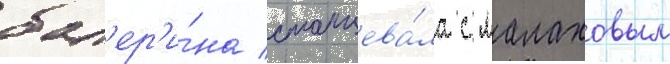
бал'ер'и́на станцева́ла с малаховым